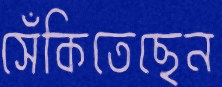
সেঁকিতেছেন